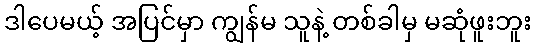
ဒါပေမယ့် အပြင်မှာ ကျွန်မ သူနဲ့ တစ်ခါမှ မဆုံဖူးဘူး